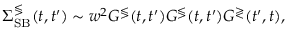
\begin{array} { r } { \Sigma _ { \mathrm { S B } } ^ { \lessgtr } ( t , t ^ { \prime } ) \sim w ^ { 2 } G ^ { \lessgtr } ( t , t ^ { \prime } ) G ^ { \lessgtr } ( t , t ^ { \prime } ) G ^ { \gtrless } ( t ^ { \prime } , t ) , } \end{array}